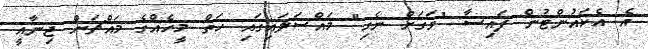
އެ އެކައުންޓުން ފައިސާ "ވަގަށް ނެގި" މައްސަލައިގައި ހަތް މީހެއްގެ މައްޗަށް ޖިނާއީ